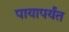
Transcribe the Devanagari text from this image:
पायापर्यंत